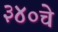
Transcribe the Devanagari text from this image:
३४०चे